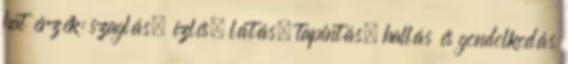
hat érzék: szaglás, ízlés, látás, tapintás, hallás és gondolkodás